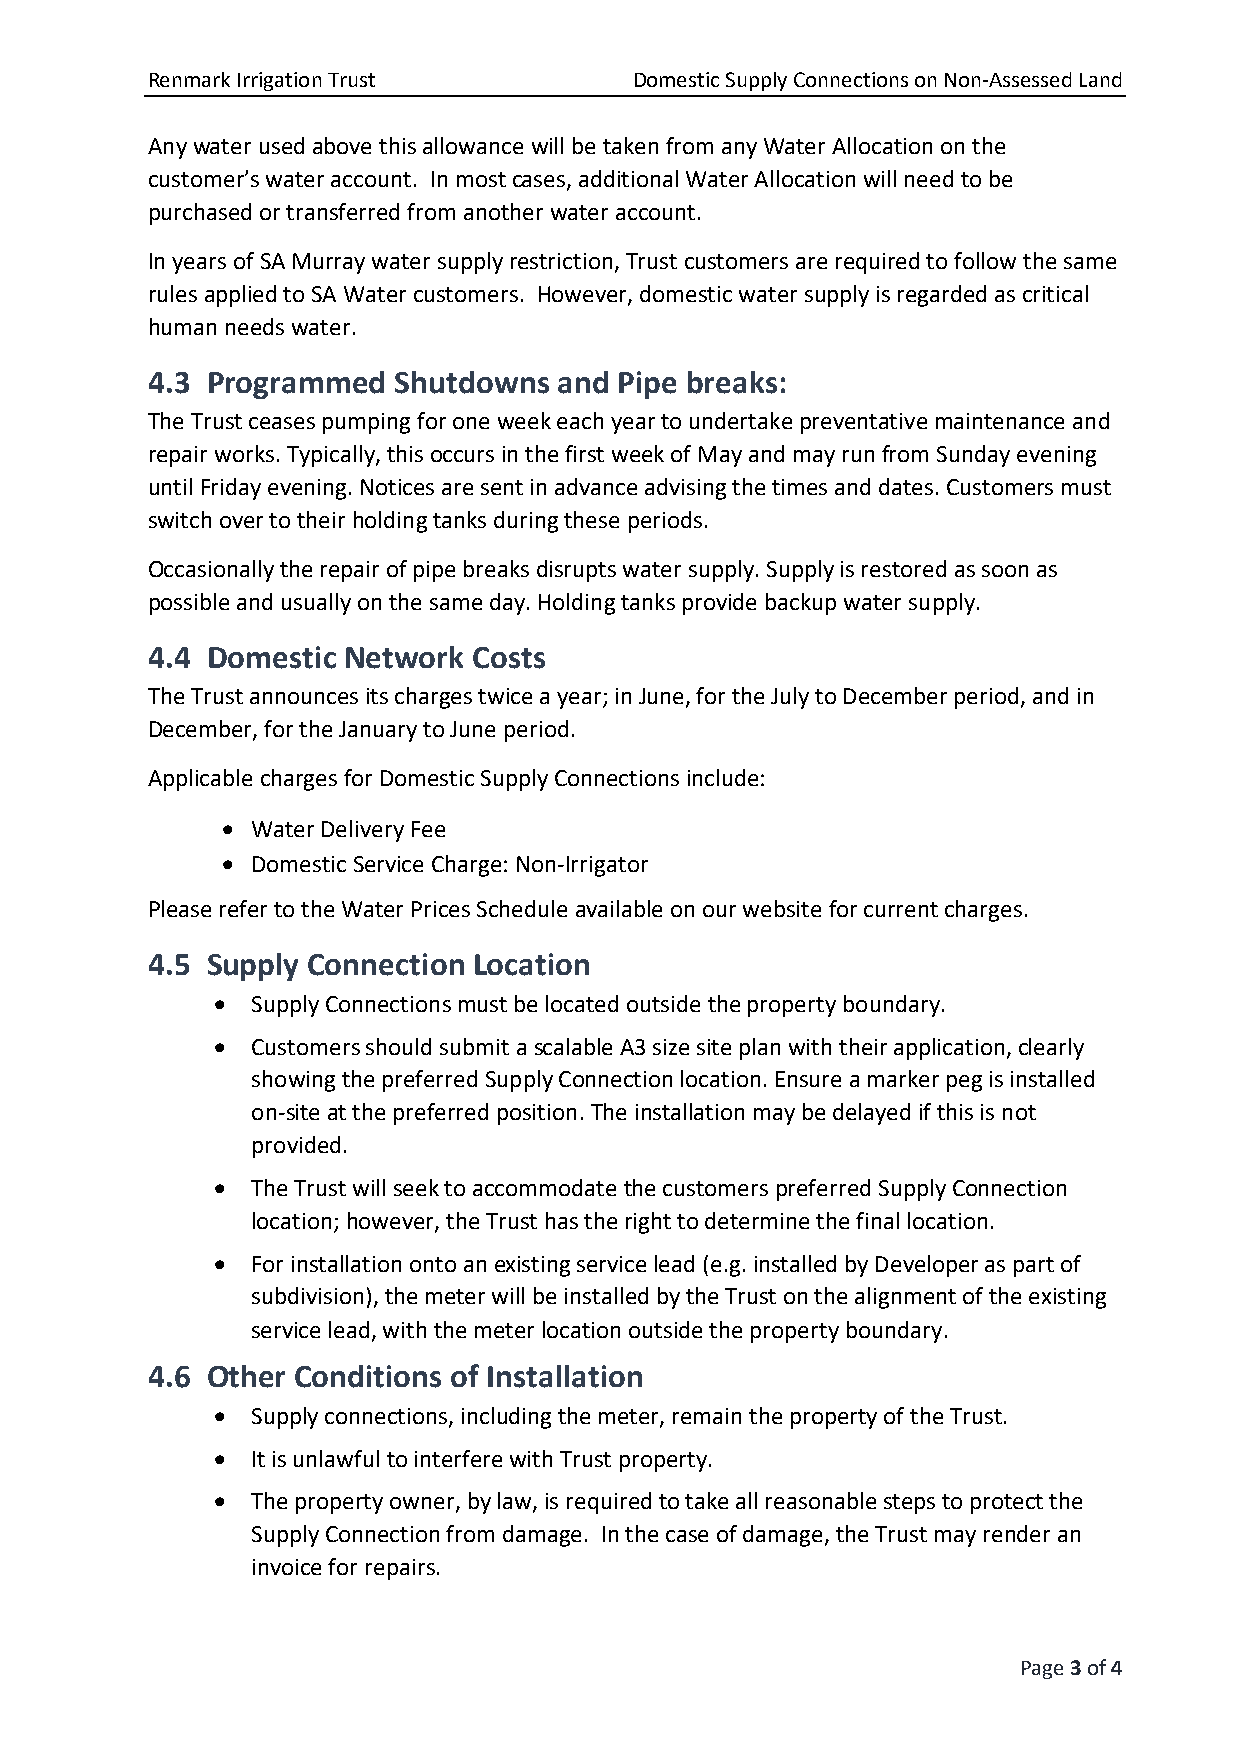
Renmark Irrigation Trust        Domestic Supply Connections on Non-Assessed Land
 Any water used above this allowance will be taken from any Water Allocation on the
 customer’s water account. In most cases, additional Water Allocation will need to be
 purchased or transferred from another water account.
 In years of SA Murray water supply restriction, Trust customers are required to follow the same
 rules applied to SA Water customers. However, domestic water supply is regarded as critical
 human needs water.
 4.3 Programmed  Shutdowns  and Pipe breaks:
 The Trust ceases pumping for one week each year to undertake preventative maintenance and
 repair works. Typically, this occurs in the first week of May and may run from Sunday evening
 until Friday evening. Notices are sent in advance advising the times and dates. Customers must
 switch over to their holding tanks during these periods.
 Occasionally the repair of pipe breaks disrupts water supply. Supply is restored as soon as
 possible and usually on the same day. Holding tanks provide backup water supply.
 4.4 Domestic Network Costs
 The Trust announces its charges twice a year; in June, for the July to December period, and in
 December, for the January to June period.
 Applicable charges for Domestic Supply Connections include:
 • Water Delivery Fee
 • Domestic Service Charge: Non-Irrigator
 Please refer to the Water Prices Schedule available on our website for current charges.
 4.5 Supply Connection Location
 •  Supply Connections must be located outside the property boundary.
 •  Customers should submit a scalable A3 size site plan with their application, clearly
 showing the preferred Supply Connection location. Ensure a marker peg is installed
 on-site at the preferred position. The installation may be delayed if this is not
 provided.
 •  The Trust will seek to accommodate the customers preferred Supply Connection
 location; however, the Trust has the right to determine the final location.
 •  For installation onto an existing service lead (e.g. installed by Developer as part of
 subdivision), the meter will be installed by the Trust on the alignment of the existing
 service lead, with the meter location outside the property boundary.
 4.6 Other Conditions of Installation
 •  Supply connections, including the meter, remain the property of the Trust.
 •  It is unlawful to interfere with Trust property.
 •  The property owner, by law, is required to take all reasonable steps to protect the
 Supply Connection from damage. In the case of damage, the Trust may render an
 invoice for repairs.
 Page 3 of 4